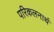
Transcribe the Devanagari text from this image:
परिकलनार्थ